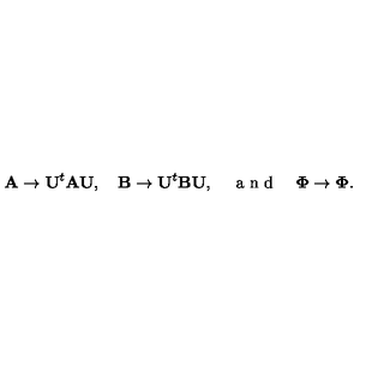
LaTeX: \mathbf { A } \to \mathbf { U } ^ { t } \mathbf { A } \mathbf { U } , \quad \mathbf { B } \to \mathbf { U } ^ { t } \mathbf { B } \mathbf { U } , \quad \textrm { a n d } \quad \mathbf { \Phi } \to \mathbf { \Phi } .